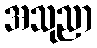
အသုညာ